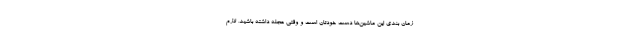
زمان بندی این ماشین‌ها دست خودتان است و وقتی عجله داشته باشید، لازم